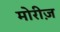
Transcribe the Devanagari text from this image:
मोरीज़